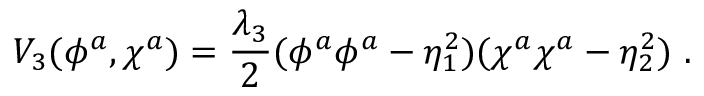
V _ { 3 } ( \phi ^ { a } , \chi ^ { a } ) = \frac { \lambda _ { 3 } } 2 ( \phi ^ { a } \phi ^ { a } - \eta _ { 1 } ^ { 2 } ) ( \chi ^ { a } \chi ^ { a } - \eta _ { 2 } ^ { 2 } ) \ .